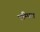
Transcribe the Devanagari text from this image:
एम्पिल